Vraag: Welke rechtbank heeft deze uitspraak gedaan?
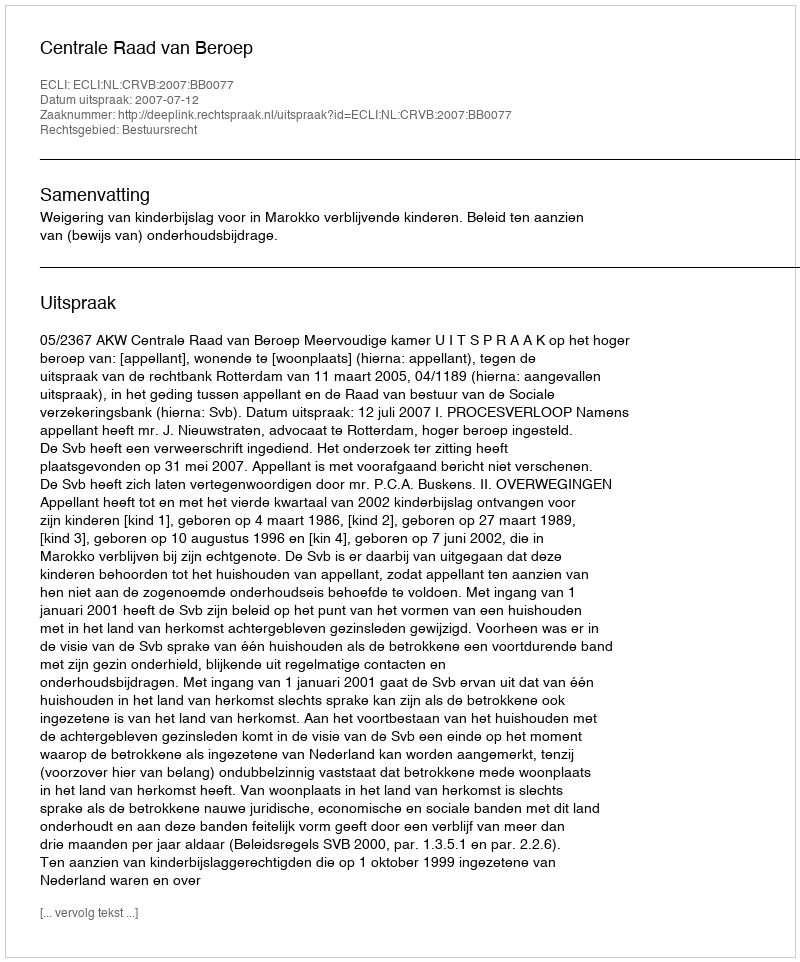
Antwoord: Centrale Raad van Beroep